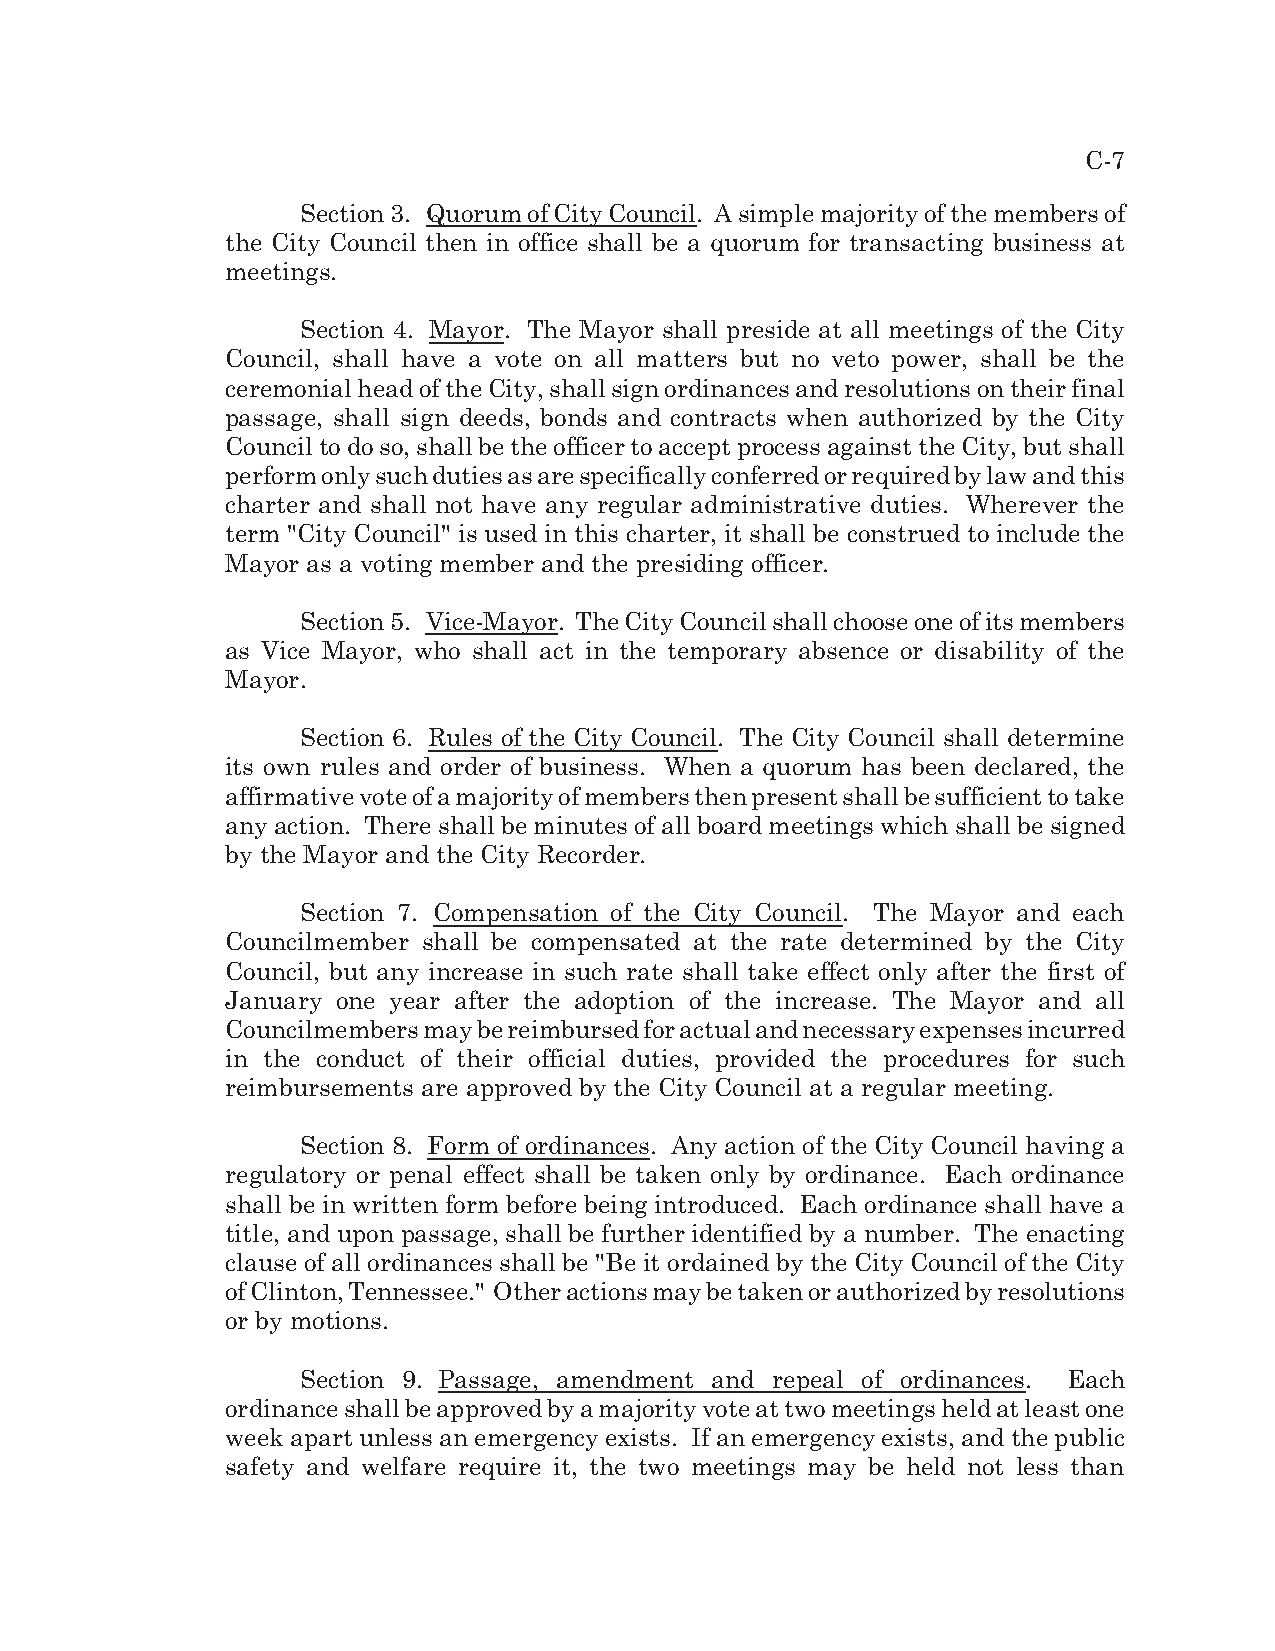
C-7
 Section 3. Quorum of City Council. A simple majority of the members of
 the City Council then in office shall be a quorum for transacting business at
 meetings.
 Section 4. Mayor. The Mayor shall preside at all meetings of the City
 Council, shall have a vote on all matters but no veto power, shall be the
 ceremonial head of the City, shall sign ordinances and resolutions on their final
 passage, shall sign deeds, bonds and contracts when authorized by the City
 Council to do so, shall be the officer to accept process against the City, but shall
 perform only such duties as are specifically conferred or required by law and this
 charter and shall not have any regular administrative duties. Wherever the
 term "City Council" is used in this charter, it shall be construed to include the
 Mayor as a voting member and the presiding officer.
 Section 5. Vice-Mayor. The City Council shall choose one of its members
 as Vice Mayor, who shall act in the temporary absence or disability of the
 Mayor.
 Section 6. Rules of the City Council. The City Council shall determine
 its own rules and order of business. When a quorum has been declared, the
 affirmative vote of a majority of members then present shall be sufficient to take
 any action. There shall be minutes of all board meetings which shall be signed
 by the Mayor and the City Recorder.
 Section 7. Compensation of the City Council. The Mayor and each
 Councilmember shall be compensated at the rate determined by the City
 Council, but any increase in such rate shall take effect only after the first of
 January one year after the adoption of the increase. The Mayor and all
 Councilmembers may be reimbursed for actual and necessary expenses incurred
 in the conduct of their official duties, provided the procedures for such
 reimbursements are approved by the City Council at a regular meeting.
 Section 8. Form of ordinances. Any action of the City Council having a
 regulatory or penal effect shall be taken only by ordinance. Each ordinance
 shall be in written form before being introduced. Each ordinance shall have a
 title, and upon passage, shall be further identified by a number. The enacting
 clause of all ordinances shall be "Be it ordained by the City Council of the City
 of Clinton, Tennessee." Other actions may be taken or authorized by resolutions
 or by motions.
 Section 9. Passage, amendment and repeal of ordinances. Each
 ordinance shall be approved by a majority vote at two meetings held at least one
 week apart unless an emergency exists. If an emergency exists, and the public
 safety and welfare require it, the two meetings may be held not less than